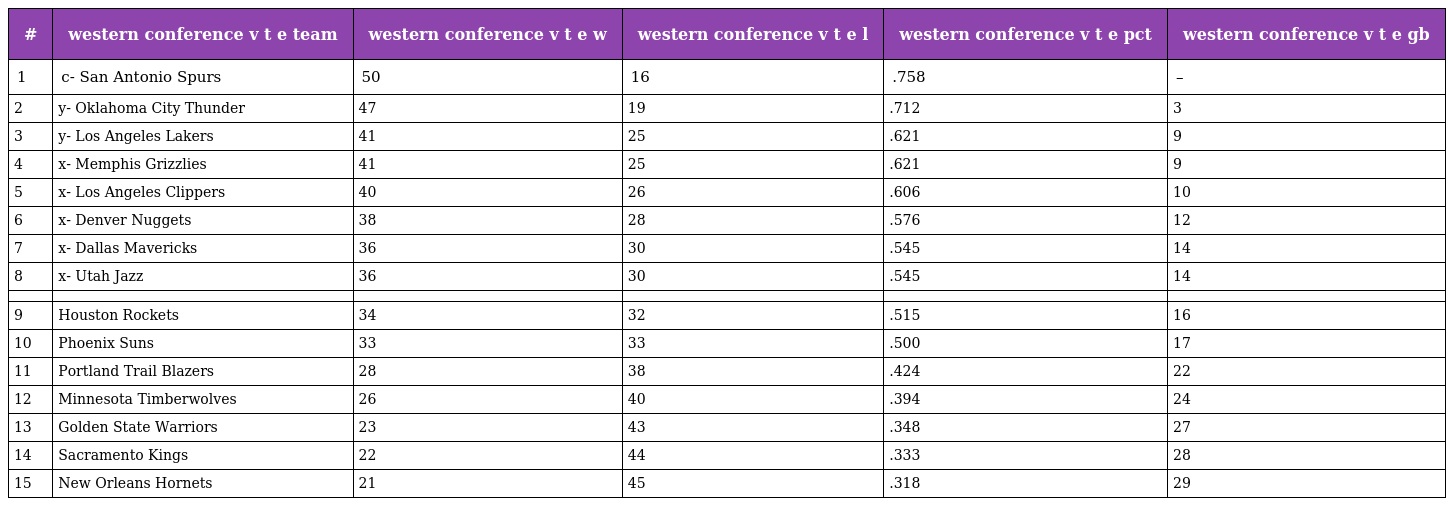
| # | western conference v t e team | western conference v t e w | western conference v t e l | western conference v t e pct | western conference v t e gb |
 | --- | --- | --- | --- | --- | --- |
 | 1 | c- San Antonio Spurs | 50 | 16 | .758 | – |
 | 2 | y- Oklahoma City Thunder | 47 | 19 | .712 | 3 |
 | 3 | y- Los Angeles Lakers | 41 | 25 | .621 | 9 |
 | 4 | x- Memphis Grizzlies | 41 | 25 | .621 | 9 |
 | 5 | x- Los Angeles Clippers | 40 | 26 | .606 | 10 |
 | 6 | x- Denver Nuggets | 38 | 28 | .576 | 12 |
 | 7 | x- Dallas Mavericks | 36 | 30 | .545 | 14 |
 | 8 | x- Utah Jazz | 36 | 30 | .545 | 14 |
 |  |  |  |  |  |  |
 | 9 | Houston Rockets | 34 | 32 | .515 | 16 |
 | 10 | Phoenix Suns | 33 | 33 | .500 | 17 |
 | 11 | Portland Trail Blazers | 28 | 38 | .424 | 22 |
 | 12 | Minnesota Timberwolves | 26 | 40 | .394 | 24 |
 | 13 | Golden State Warriors | 23 | 43 | .348 | 27 |
 | 14 | Sacramento Kings | 22 | 44 | .333 | 28 |
 | 15 | New Orleans Hornets | 21 | 45 | .318 | 29 |